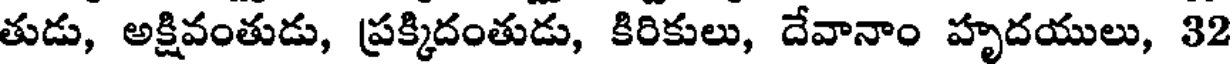
తుడు, అక్షివంతుడు, ప్రక్కిదంతుడు, కిరికులు, దేవానాం హృదయులు, 32